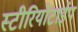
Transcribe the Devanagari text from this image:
स्टीरियोटाईप